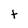
Character: t